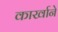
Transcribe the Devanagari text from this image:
कार्खाने